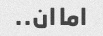
اما ان..